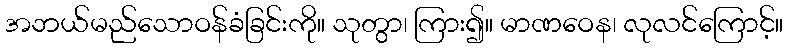
အဘယ်မည်သောဝန်ခံခြင်းကို။ သုတွာ၊ ကြား၍။ မာဏဝေန၊ လုလင်ကြောင့်။